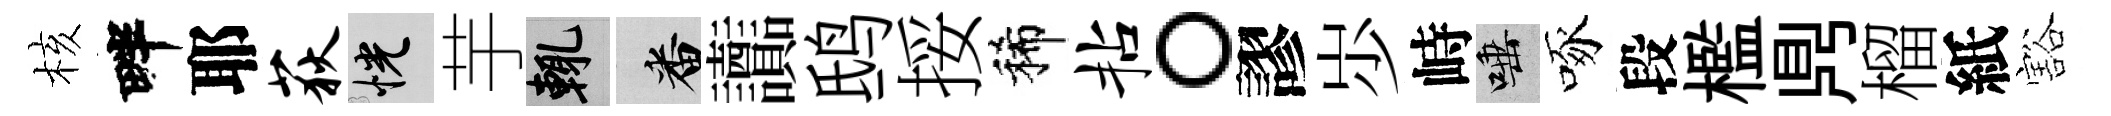
核畔耶荻恍芋輒番讟鸱挼稀拈。謬𡵯峙唾啄段檻𪔂榴紙豁